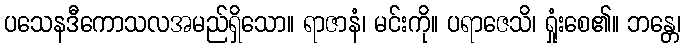
ပသေနဒီကောသလအမည်ရှိသော။ ရာဇာနံ၊ မင်းကို။ ပရာဇေသိ၊ ရှုံးစေ၏။ ဘန္တေ၊